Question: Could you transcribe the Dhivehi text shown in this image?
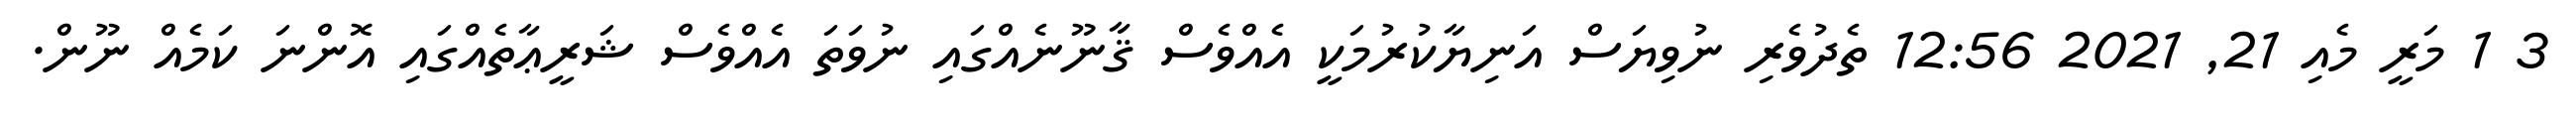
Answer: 3 1 މަރީ މެއި 21, 2021 12:56 ތެދުވެރި ނުވިޔަސް އަނިޔާކުރުމަކީ އެއްވެސް ޤާނޫނެއްގައި ނުވަތަ އެއްވެސް ޝަރީޢާތެއްގައި އޮންނަ ކަމެއް ނޫން.